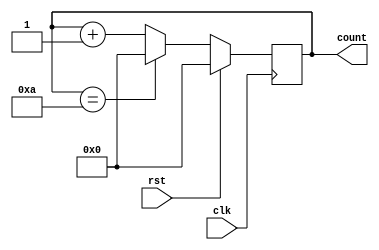
module Counter_high #(parameter N=10)(clk, rst, count);

input clk, rst;
output reg [31:0] count;

always @(posedge clk) begin
	if (rst) count <= 32'b0;
	else 
		if(count==N)begin
			count <= 32'b0;
		end
		else begin
			count <= count + {{31{1'b0}}, 1'b1};
		end
end
endmodule